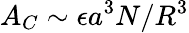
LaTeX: A_{C}\sim\epsilon a^{3}N/R^{3}